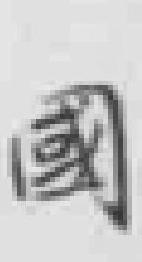
國